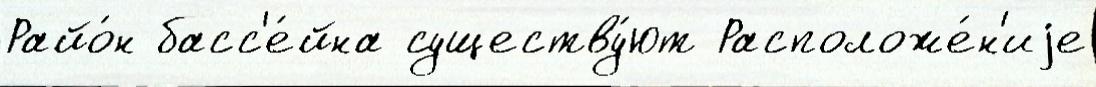
Райо́н басс'е́йна существу́ют Расположе́н'иjе